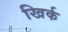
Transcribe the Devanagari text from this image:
खिर्क